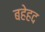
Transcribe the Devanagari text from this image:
बहेहद